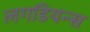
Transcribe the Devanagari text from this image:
लगडियन्स